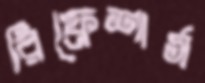
রিফ্রেশার্স